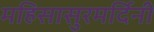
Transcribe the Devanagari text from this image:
महिसासुरमर्दिनी